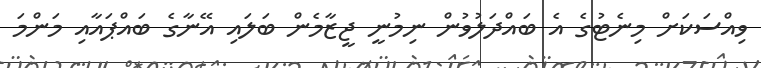
ވިއްސަކަށް މިނެޓުގެ އެ ބައްދަލުވުން ނިމުނީ ޖީޒާމެން ބަލައި އޭނާގެ ބައްޕައާއި މަންމަ